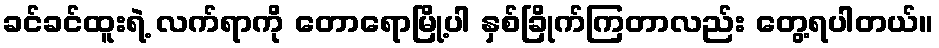
ခင်ခင်ထူးရဲ့ လက်ရာကို တောရောမြို့ပါ နှစ်ခြိုက်ကြတာလည်း တွေ့ရပါတယ်။